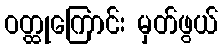
ဝတ္ထုကြောင်း မှတ်ဖွယ်